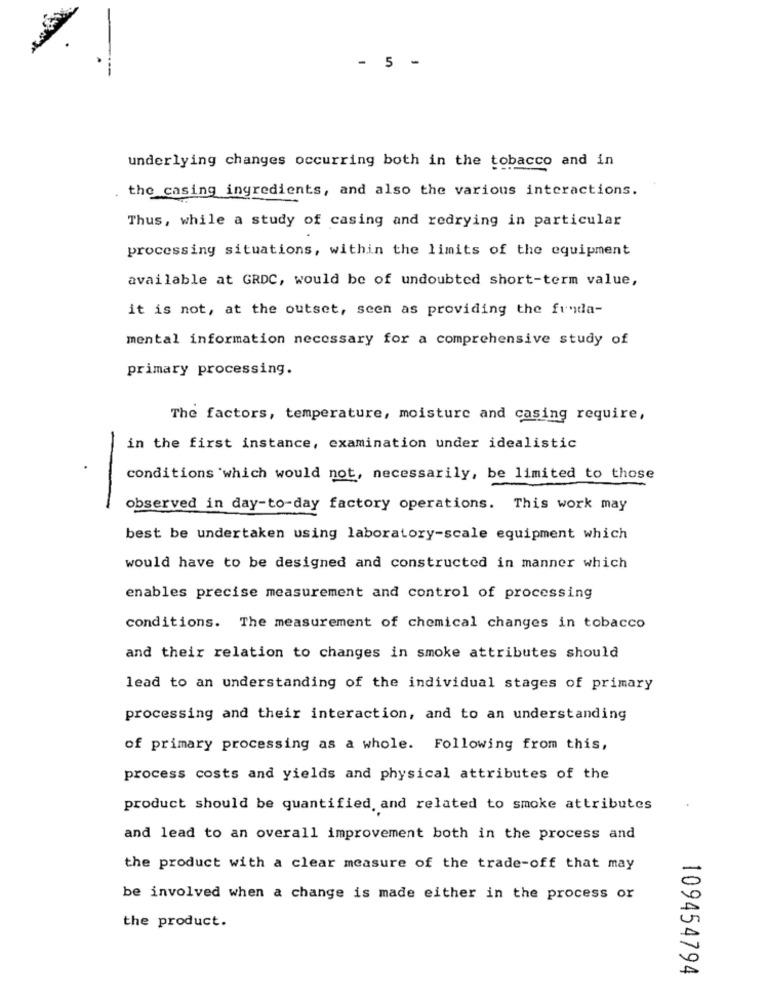
- 5 -
underlying changes occurring both in the tobacco and in
the casing ingredients, and also the various interactions.
Thus, while a study of casing and redrying in particular
processing situations, within the limits of the equipment
available at GRDC, would be of undoubted short-term value,
it is not, at the outset, seen as providing the funda-
mental information necessary for a comprehensive study of
primary processing.
The factors, temperature, moisture and casing require,
in the first instance, examination under idealistic
conditions which would not, necessarily, be limited to those
-
observed in day-to-day factory operations. This work may
best be undertaken using laboratory-scale equipment which
would have to be designed and constructed in manner which
enables precise measurement and control of processing
conditions. The measurement of chemical changes in tobacco
and their relation to changes in smoke attributes should
lead to an understanding of the individual stages of primary
processing and their interaction, and to an understanding
of primary processing as a whole. Following from this,
process costs and yields and physical attributes of the
product should be quantified, and related to smoke attributes
and lead to an overall improvement both in the process and
the product with a clear measure of the trade-off that may
be involved when a change is made either in the process or
the product.
109454794